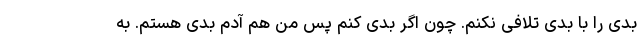
بدی را با بدی تلافی نکنم. چون اگر بدی کنم پس من هم آدم بدی هستم. به